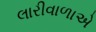
લારીવાળાએ